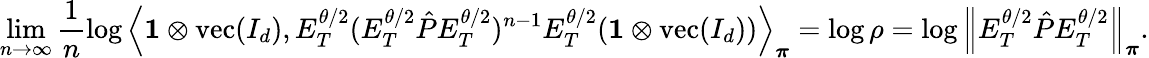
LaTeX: \operatorname*{lim}_{n\to\infty}\frac{1}{n}\log\left\langle\mathbf{1}\otimes\operatorname{vec}(I_{d}),E_{T}^{\theta/2}(E_{T}^{\theta/2}\hat{P}E_{T}^{\theta/2})^{n-1}E_{T}^{\theta/2}(\mathbf{1}\otimes\operatorname{vec}(I_{d}))\right\rangle_{\boldsymbol\pi}=\log\rho=\log\left\lVert E_{T}^{\theta/2}\hat{P}E_{T}^{\theta/2}\right\rVert_{\boldsymbol\pi}.